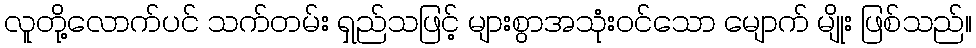
လူတို့လောက်ပင် သက်တမ်း ရှည်သဖြင့် များစွာအသုံးဝင်သော မျောက် မျိုး ဖြစ်သည်။